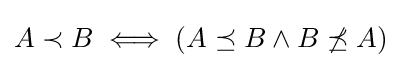
A\prec B\iff (A\preceq B\land B\not \preceq A)